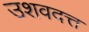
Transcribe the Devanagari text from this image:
उशवदत्त